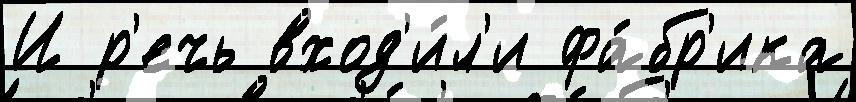
И р'ечь вход'и́л'и фа́бр'ика